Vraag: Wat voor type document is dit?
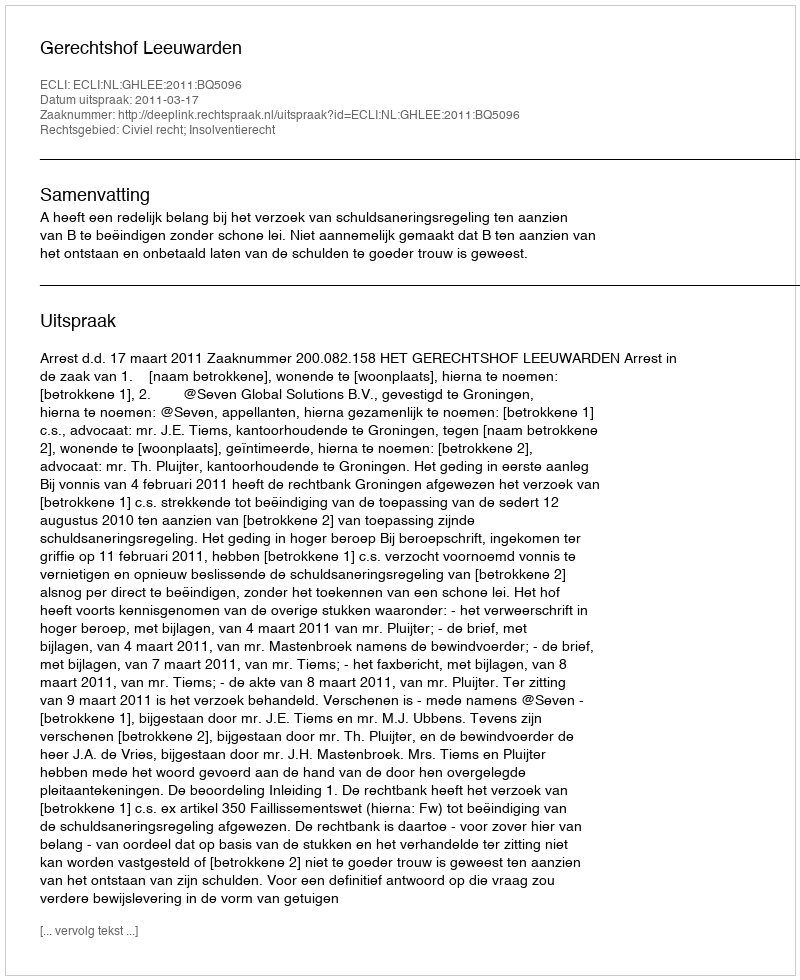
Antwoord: Uitspraak